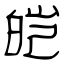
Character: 皑